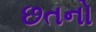
છતનો